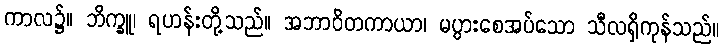
ကာလ၌။ ဘိက္ခူ၊ ရဟန်းတို့သည်။ အဘာဝိတကာယာ၊ မပွားစေအပ်သော သီလရှိကုန်သည်။